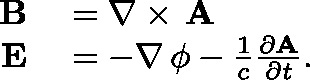
\begin{array} { r l } { \mathbf { B } } & { { } = \nabla \times \, \mathbf { A } } \\ { \mathbf { E } } & { { } = - \nabla \, \mathbf { \phi } - \frac { 1 } { c } \frac { \partial \mathbf { A } } { \partial t } . } \end{array}